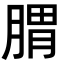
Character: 𦝩